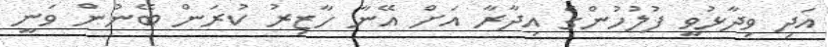
އަދި ވިދާޅުވީ ފުލުހުންގެ އިދާރާ އަށް އޭނާ ހާޒިރު ކުރަން ބޭނުން ވަނީ